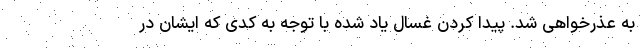
به عذرخواهی شد. پیدا کردن غسّال یاد شده با توجه به کدی که ایشان در